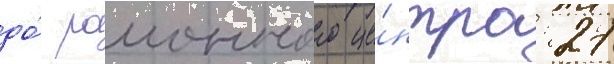
до́ раионного це́нтра: 27